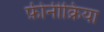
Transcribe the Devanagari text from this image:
फ़ीनीक्रिया